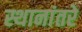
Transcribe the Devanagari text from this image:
स्थानांतरे